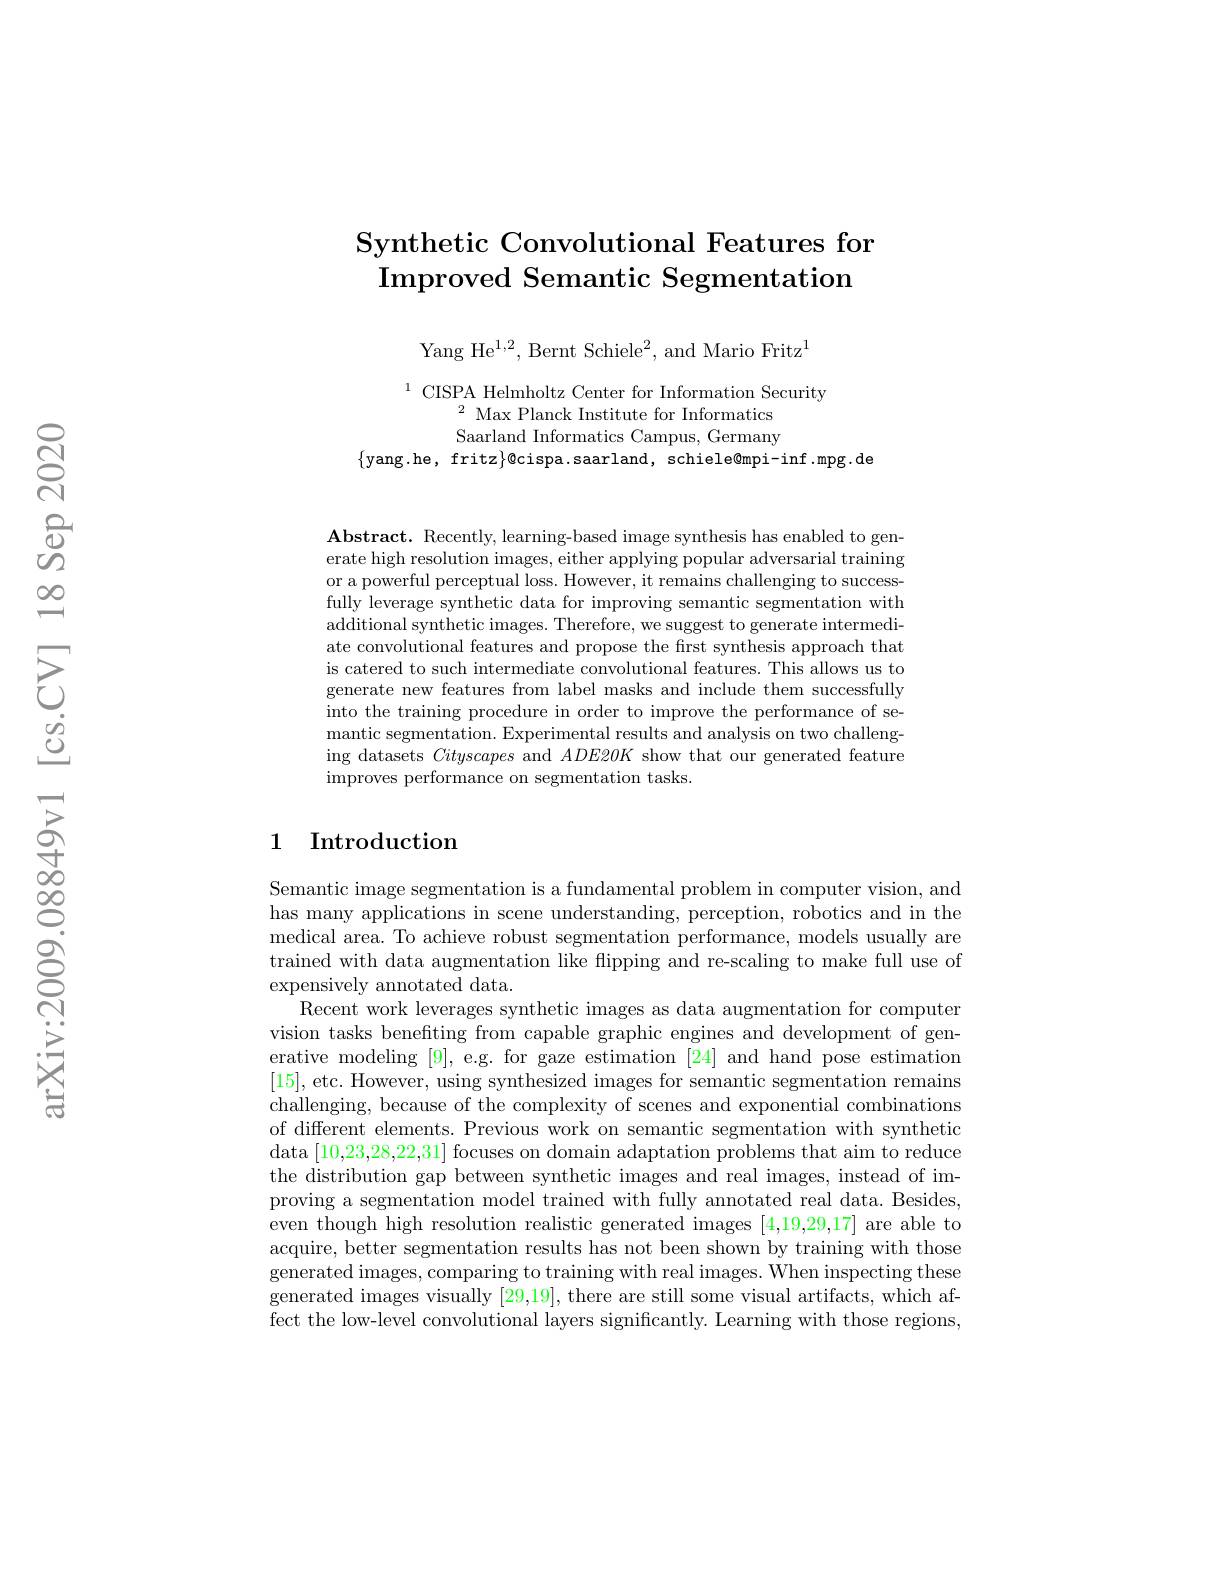
## Synthetic Convolutional Features for $\textbf{Improved Semantic Segmentation}$

Yang He$^1,2$, Bernt Schiele$^2$, and Mario Fritz$^1$

$^{1}$ CISPA Helmholtz Center for Information Security
$^{2}$ Max Planck Institute for Informatics Saarland Informatics Campus, Germany
$\{$yang.he, fritz$\}$@cispa.saarland, schiele@mpi-inf.mpg.de

$\mathbf{Abstract.~Recently,~learning-based~image~synthesis~has~enabled~to~gen-~}$ erate high resolution images, either applying popular adversarial training or a powerful perceptual loss. However, it remains challenging to successfully leverage synthetic data for improving semantic segmentation with additional synthetic images. Therefore, we suggest to generate intermediate convolutional features and propose the first synthesis approach that is catered to such intermediate convolutional features. This allows us to generate new features from label masks and include them successfully into the training procedure in order to improve the performance of semantic segmentation. Experimental results and analysis on two challenging datasets Cityscapes and $ADE20K$ show that our generated feature improves performance on segmentation tasks.

## 1 Introduction

Semantic image segmentation is a fundamental problem in computer vision, and has many applications in scene understanding, perception, robotics and in the medical area. To achieve robust segmentation performance, models usually are trained with data augmentation like flipping and re-scaling to make full use of expensively annotated data.
Recent work leverages synthetic images as data augmentation for computer vision tasks benefiting from capable graphic engines and development of generative modeling [9], e.g. for gaze estimation [24] and hand pose estimation [15], etc. However, using synthesized images for semantic segmentation remains challenging, because of the complexity of scenes and exponential combinations of different elements. Previous work on semantic segmentation with synthetic data [10,23,28,22,31] focuses on domain adaptation problems that aim to reduce the distribution gap between synthetic images and real images, instead of improving a segmentation model trained with fully annotated real data. Besides, even though high resolution realistic generated images [4,19,29,17] are able to acquire, better segmentation results has not been shown by training with those generated images, comparing to training with real images. When inspecting these generated images visually [29,19], there are still some visual artifacts, which affect the low-level convolutional layers significantly. Learning with those regions,